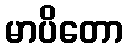
မာပိတော